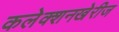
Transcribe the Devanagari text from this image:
कलेक्शनखेरीज